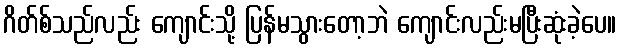
ဂိတ်စ်သည်လည်း ကျောင်းသို့ ပြန်မသွားတော့ဘဲ ကျောင်းလည်းမပြီးဆုံးခဲ့ပေ။